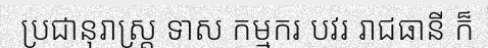
ប្រជានុរាស្ត្រ ទាស កម្មករ បវរ រាជធានី ក៏